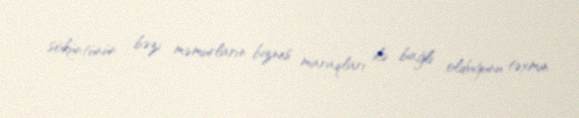
söküntünün bəzi məmurların biznes maraqları ilə bağlı olduğunu təxmin